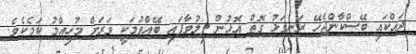
ދައްކައި ބޭސްކާންޖެހޭ ރަނގަޅު ގޮތް އޮޅުން ފިލުވާފައި ބޭއްވުމަކީ ވަރަށް މުހިއްމު ކަމެކެވެ.